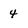
Character: 4